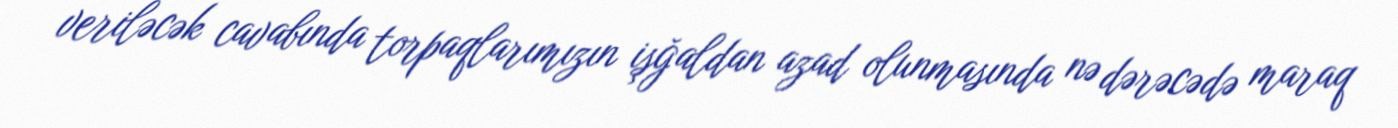
veriləcək cavabında torpaqlarımızın işğaldan azad olunmasında nə dərəcədə maraq